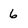
Character: 6